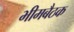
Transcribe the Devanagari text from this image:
भीमबैठक